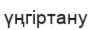
үңгіртану